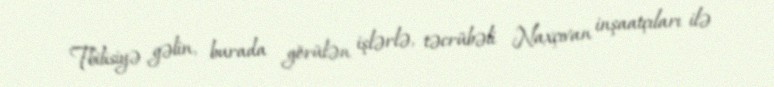
Tbilisiyə gəlin, burada görülən işlərlə, təcrübəli Naxçıvan inşaatçıları ilə